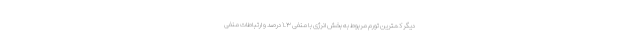
دیگر کمترین تورم مربوط به بخش انرژی با منفی ۱.۳ درصد و ارتباطات منفی